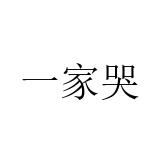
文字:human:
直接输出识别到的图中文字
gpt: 一家哭